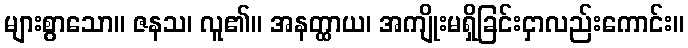
များစွာသော။ ဇနသ၊ လူ၏။ အနတ္ထာယ၊ အကျိုးမရှိခြင်းငှာလည်းကောင်း။